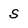
Character: s